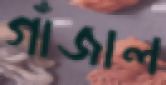
গাঁজাল